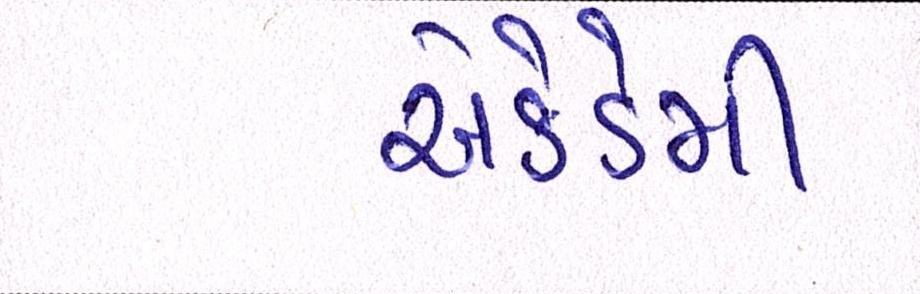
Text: એકેડેમી